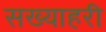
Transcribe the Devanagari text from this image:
सख्याहरी